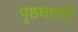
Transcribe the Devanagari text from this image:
पृष्ठधाराएँ